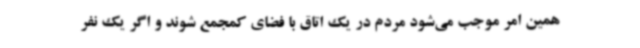
همین امر موجب می‌شود مردم در یک اتاق با فضای کمجمع شوند و اگر یک نفر